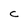
Character: C